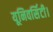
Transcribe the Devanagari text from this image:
यूनिवर्सिटी।